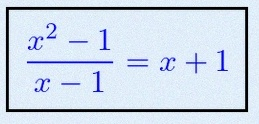
\frac{x^2-1}{x-1}=x+1